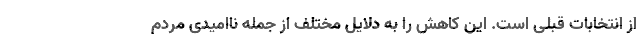
از انتخابات قبلی است. این کاهش را به دلایل مختلف از جمله ناامیدی مردم